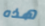
هذه